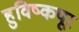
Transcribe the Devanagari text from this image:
हुविष्कपूर